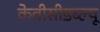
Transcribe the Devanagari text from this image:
केवीसीडब्ल्यू